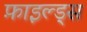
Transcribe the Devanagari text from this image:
फ़ाइल्ड्स